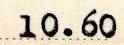
10.60